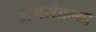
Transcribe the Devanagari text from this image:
शंभरांतल्या